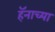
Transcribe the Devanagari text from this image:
हॅनाच्या